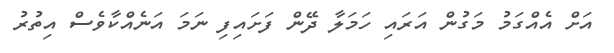
އަށް އެއްގަމު މަގުން އަރައި ހަމަލާ ދޭން ފަށައިފި ނަމަ އަނެއްކާވެސް އިތުރު